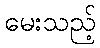
မေးသည့်